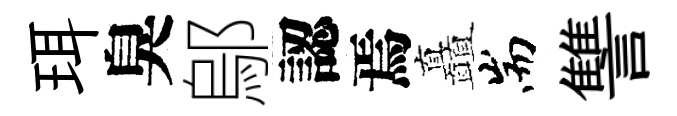
珥臭鄔認焉矗耑讐